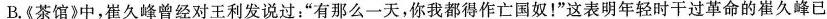
B.《茶馆》中，崔久峰曾经对王利发说过：”有那么一天，你我都得作亡国奴！”这表明年轻时干过革命的崔久峰已